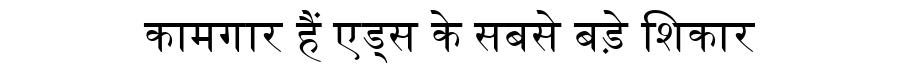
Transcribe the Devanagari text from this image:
कामगार हैं एड्स के सबसे बड़े शिकार